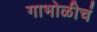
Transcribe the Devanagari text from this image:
गाभोळीचं